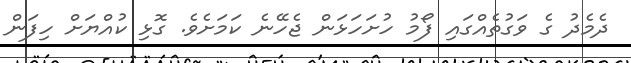
ދެމެދު ގެ ވަގުތެއްގައި ފޯމު ހުށަހަޅަން ޖެހޭނެ ކަމަށެވެ. ގޮޅި ކުއްޔަށް ހިފަން